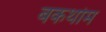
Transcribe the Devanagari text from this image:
बकथोम